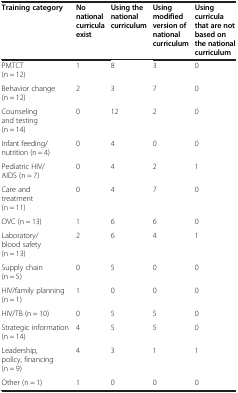
| Training category | No national curricula exist | Using the national curriculum | Using modified version of national curriculum | Using curricula that are not based on the national curriculum |
 | --- | --- | --- | --- | --- |
 | PMTCT (n = 12) | 1 | 8 | 3 | 0 |
 | Behavior change (n = 12) | 2 | 3 | 7 | 0 |
 | Counseling and testing (n = 14) | 0 | 12 | 2 | 0 |
 | Infant feeding/ nutrition (n = 4) | 0 | 4 | 0 | 0 |
 | Pediatric HIV/AIDS (n = 7) | 0 | 4 | 2 | 1 |
 | Care and treatment (n = 11) | 0 | 4 | 7 | 0 |
 | OVC (n = 13) | 1 | 6 | 6 | 0 |
 | Laboratory/blood safety (n = 13) | 2 | 6 | 4 | 1 |
 | Supply chain (n = 5) | 0 | 5 | 0 | 0 |
 | HIV/family planning (n = 1) | 1 | 0 | 0 | 0 |
 | HIV/TB (n = 10) | 0 | 5 | 5 | 0 |
 | Strategic information (n = 14) | 4 | 5 | 5 | 0 |
 | Leadership, policy, financing (n = 9) | 4 | 3 | 1 | 1 |
 | Other (n = 1) | 1 | 0 | 0 | 0 |